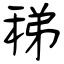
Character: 稊